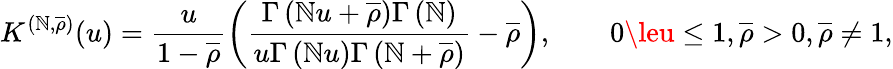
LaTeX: K^{(\mathbb{N},\overline{{{\rho}}})}(u)=\frac{{u}}{{1-\overline{{{\rho}}}}}\left(\frac{{\Gamma\left(\mathbb{N}u+\overline{{{\rho}}}\right)\Gamma\left(\mathbb{N}\right)}}{{u\Gamma\left(\mathbb{N}u\right)\Gamma\left(\mathbb{N}+\overline{{{\rho}}}\right)}}-\overline{{{\rho}}}\right),\qquad0\leu\le1,\overline{{{\rho}}}>0,\overline{{{\rho}}}\neq1,